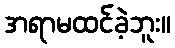
အရာမထင်ခဲ့ဘူး။